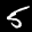
Label: 5